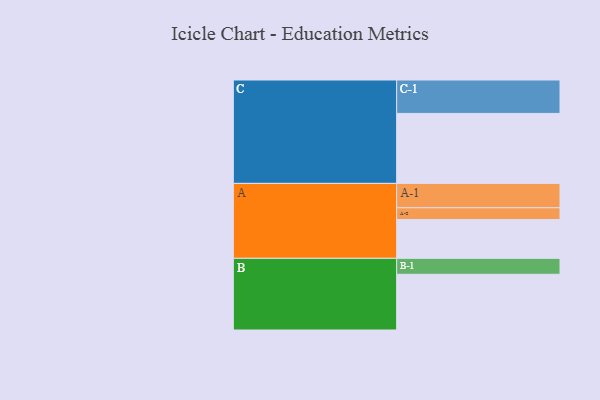
{"axis": {"x": "Segment", "y": "Value"}, "legend": ["", "A", "B", "C"], "data": [{"x": "A", "y": 322, "type": ""}, {"x": "B", "y": 462, "type": ""}, {"x": "C", "y": 580, "type": ""}, {"x": "A-1", "y": 202, "type": "A"}, {"x": "A-2", "y": 97, "type": "A"}, {"x": "B-1", "y": 132, "type": "B"}, {"x": "C-1", "y": 277, "type": "C"}]}